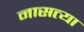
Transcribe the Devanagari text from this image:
नासत्या